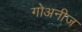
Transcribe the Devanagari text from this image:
गोअनीज